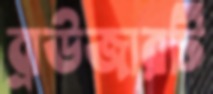
ব্রাউজারটি